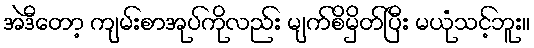
အဲဒီတော့ ကျမ်းစာအုပ်ကိုလည်း မျက်စိမှိတ်ပြီး မယုံသင့်ဘူး။